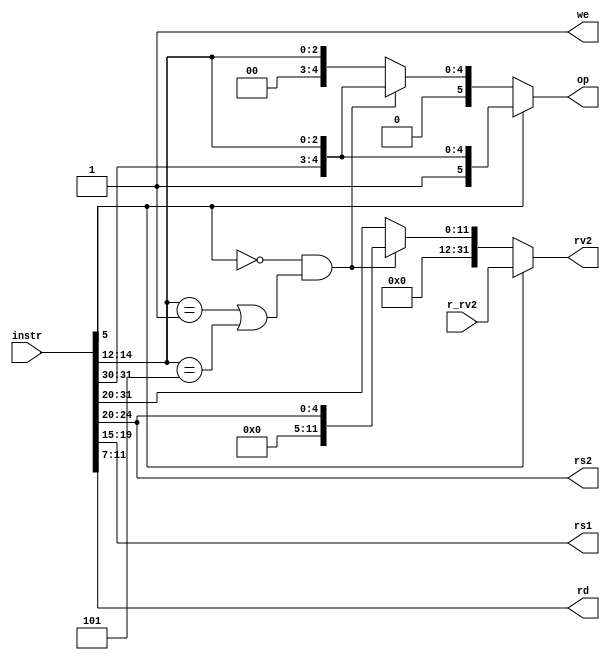
module dummydecoder(
    input [31:0] instr,  // Full 32-b instruction
    output [5:0] op,     // some operation encoding of your choice
    output [4:0] rs1,    // First operand
    output [4:0] rs2,    // Second operand
    output [4:0] rd,     // Output reg
    input  [31:0] r_rv2, // From RegFile
    output [31:0] rv2,   // To ALU
    output we            // Write to reg
);


	reg[5:0] op;
	reg[31:0] rv2;
	
	//Instruction decoding (opcode + input and output addresses)

	always@(*)
	begin

	if (instr[5] == 1)	     
	begin
		op = {instr[5], instr[31:30], instr[14:12]};    //opcode extraction
		rv2 = r_rv2;                    //getting value of second operand from memory
	end
	else if ((instr[5] == 0) && ((instr[14:12] == 3'b001) || (instr[14:12] == 3'b101)))
	begin
		op = {instr[5], instr[31:30], instr[14:12]};    //opcode extraction
		rv2 = instr[24:20];        //getting immediate value of second operand from instruction
	end
	else 
	begin
		op = {instr[5], 2'b00, instr[14:12]};          //opcode extraction
		rv2 = instr[31:20];       //getting immediate value of second operand from instruction
	end
	
	end
	
	assign rs1 = instr[19:15];    //getting address for first operand
    assign rs2 = instr[24:20];    //getting address for second operand
    assign rd = instr[11:7];      //getting address for output storage
    assign we = 1;                // For only ALU ops, can always set to 1

endmodule